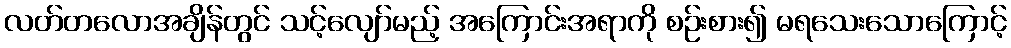
လတ်တလောအချိန်တွင် သင့်လျော်မည့် အကြောင်းအရာကို စဉ်းစား၍ မရသေးသောကြောင့်